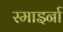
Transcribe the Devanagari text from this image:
स्माइर्ना